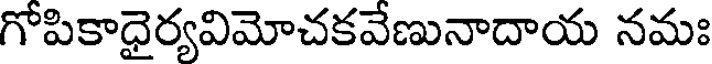
గోపికాధైర్యవిమోచకవేణునాదాయ నమః